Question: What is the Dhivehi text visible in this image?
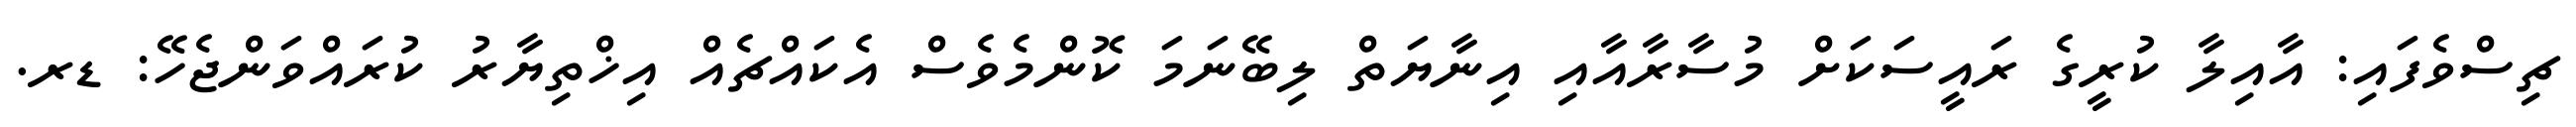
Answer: ޗިސްވެފައި: އާއިލާ ކުރީގެ ރައީސަކަށް މުސާރާއާއި އިނާޔަތް ލިބޭނަމަ ކޮންމެވެސް އެކައްޗެއް އިޚްތިޔާރު ކުރައްވަންޖެހޭ: ޑރ.